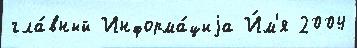
гла́вный Информа́циjа И́м'я 2004